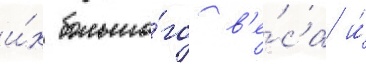
и́х большо́го в'е́са и́